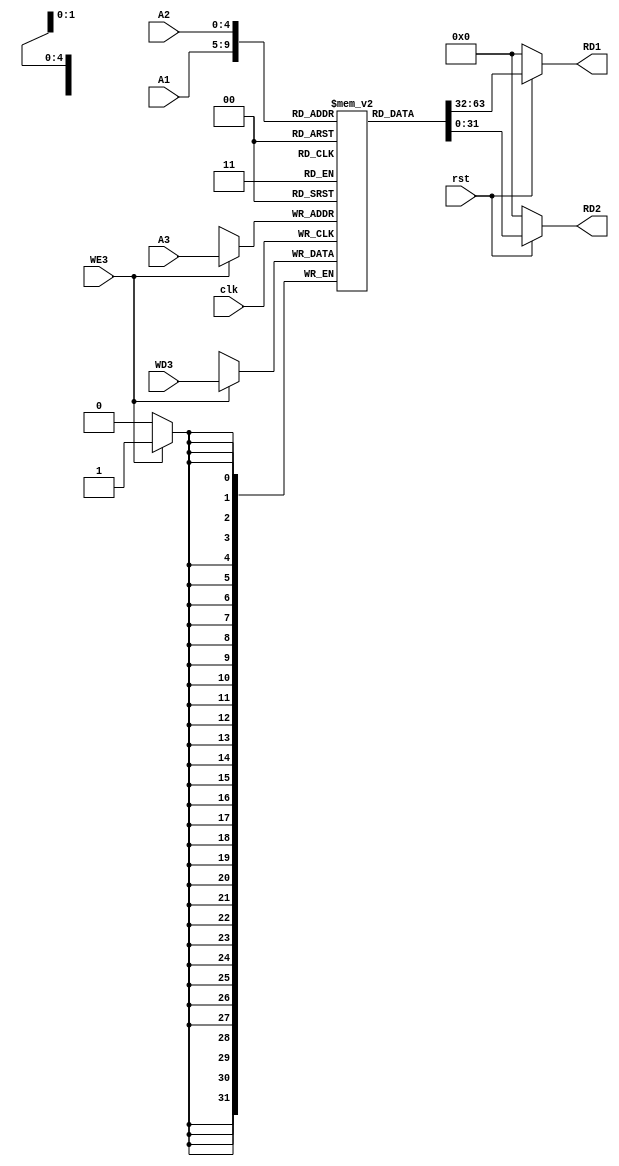
module Reg_file(clk,rst,A1,A2,A3,WD3,WE3,RD1,RD2);
    input clk, rst, WE3;
    input [4:0] A1, A2, A3;
    input [31:0] WD3;

    output [31:0] RD1, RD2;

    //creation of memory
    reg [31:0] Registers [31:0];

    //read functionality
    assign RD1 = (!rst) ? 32'h00000000 : Registers[A1];
    assign RD2 = (!rst) ? 32'h00000000 : Registers[A2];

    always @ (posedge clk) begin
      if(WE3)
      Registers[A3] <= WD3;
    end

    initial begin
      Registers[5] = 32'h00000006;
      Registers[6] = 32'h00000010;
    end
endmodule